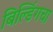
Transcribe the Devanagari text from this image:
बिल्डिंगचा